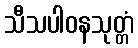
သီသပါဝနသုတ္တံ